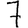
Digit: 7